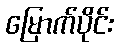
မြောက်ပိုင်း